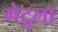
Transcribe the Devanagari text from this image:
गेटुला